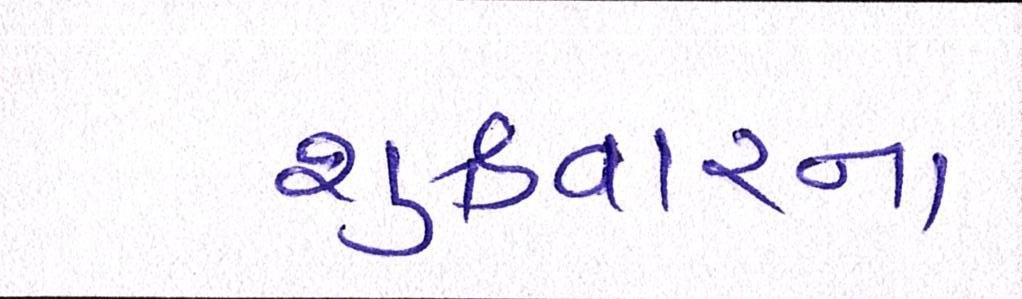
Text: શુક્રવારના